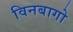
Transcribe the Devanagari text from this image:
विनबागो